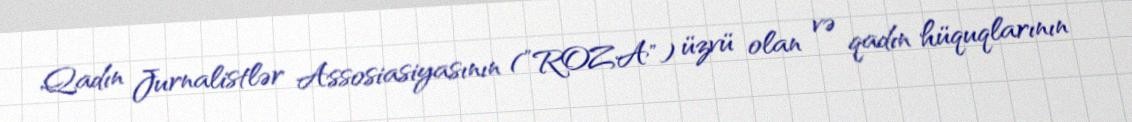
Qadın Jurnalistlər Assosiasiyasının (”ROZA") üzvü olan və qadın hüquqlarının